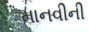
માનવીની